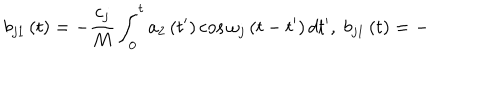
b _ { j 1 } \left( t \right) = - \frac { c _ { j } } M \int _ { 0 } ^ { t } a _ { 2 } \left( t ^ { \prime } \right) \cos \omega _ { j } \left( t - t ^ { \prime } \right) d t ^ { \prime } , \; b _ { j 1 } \left( t \right) = -